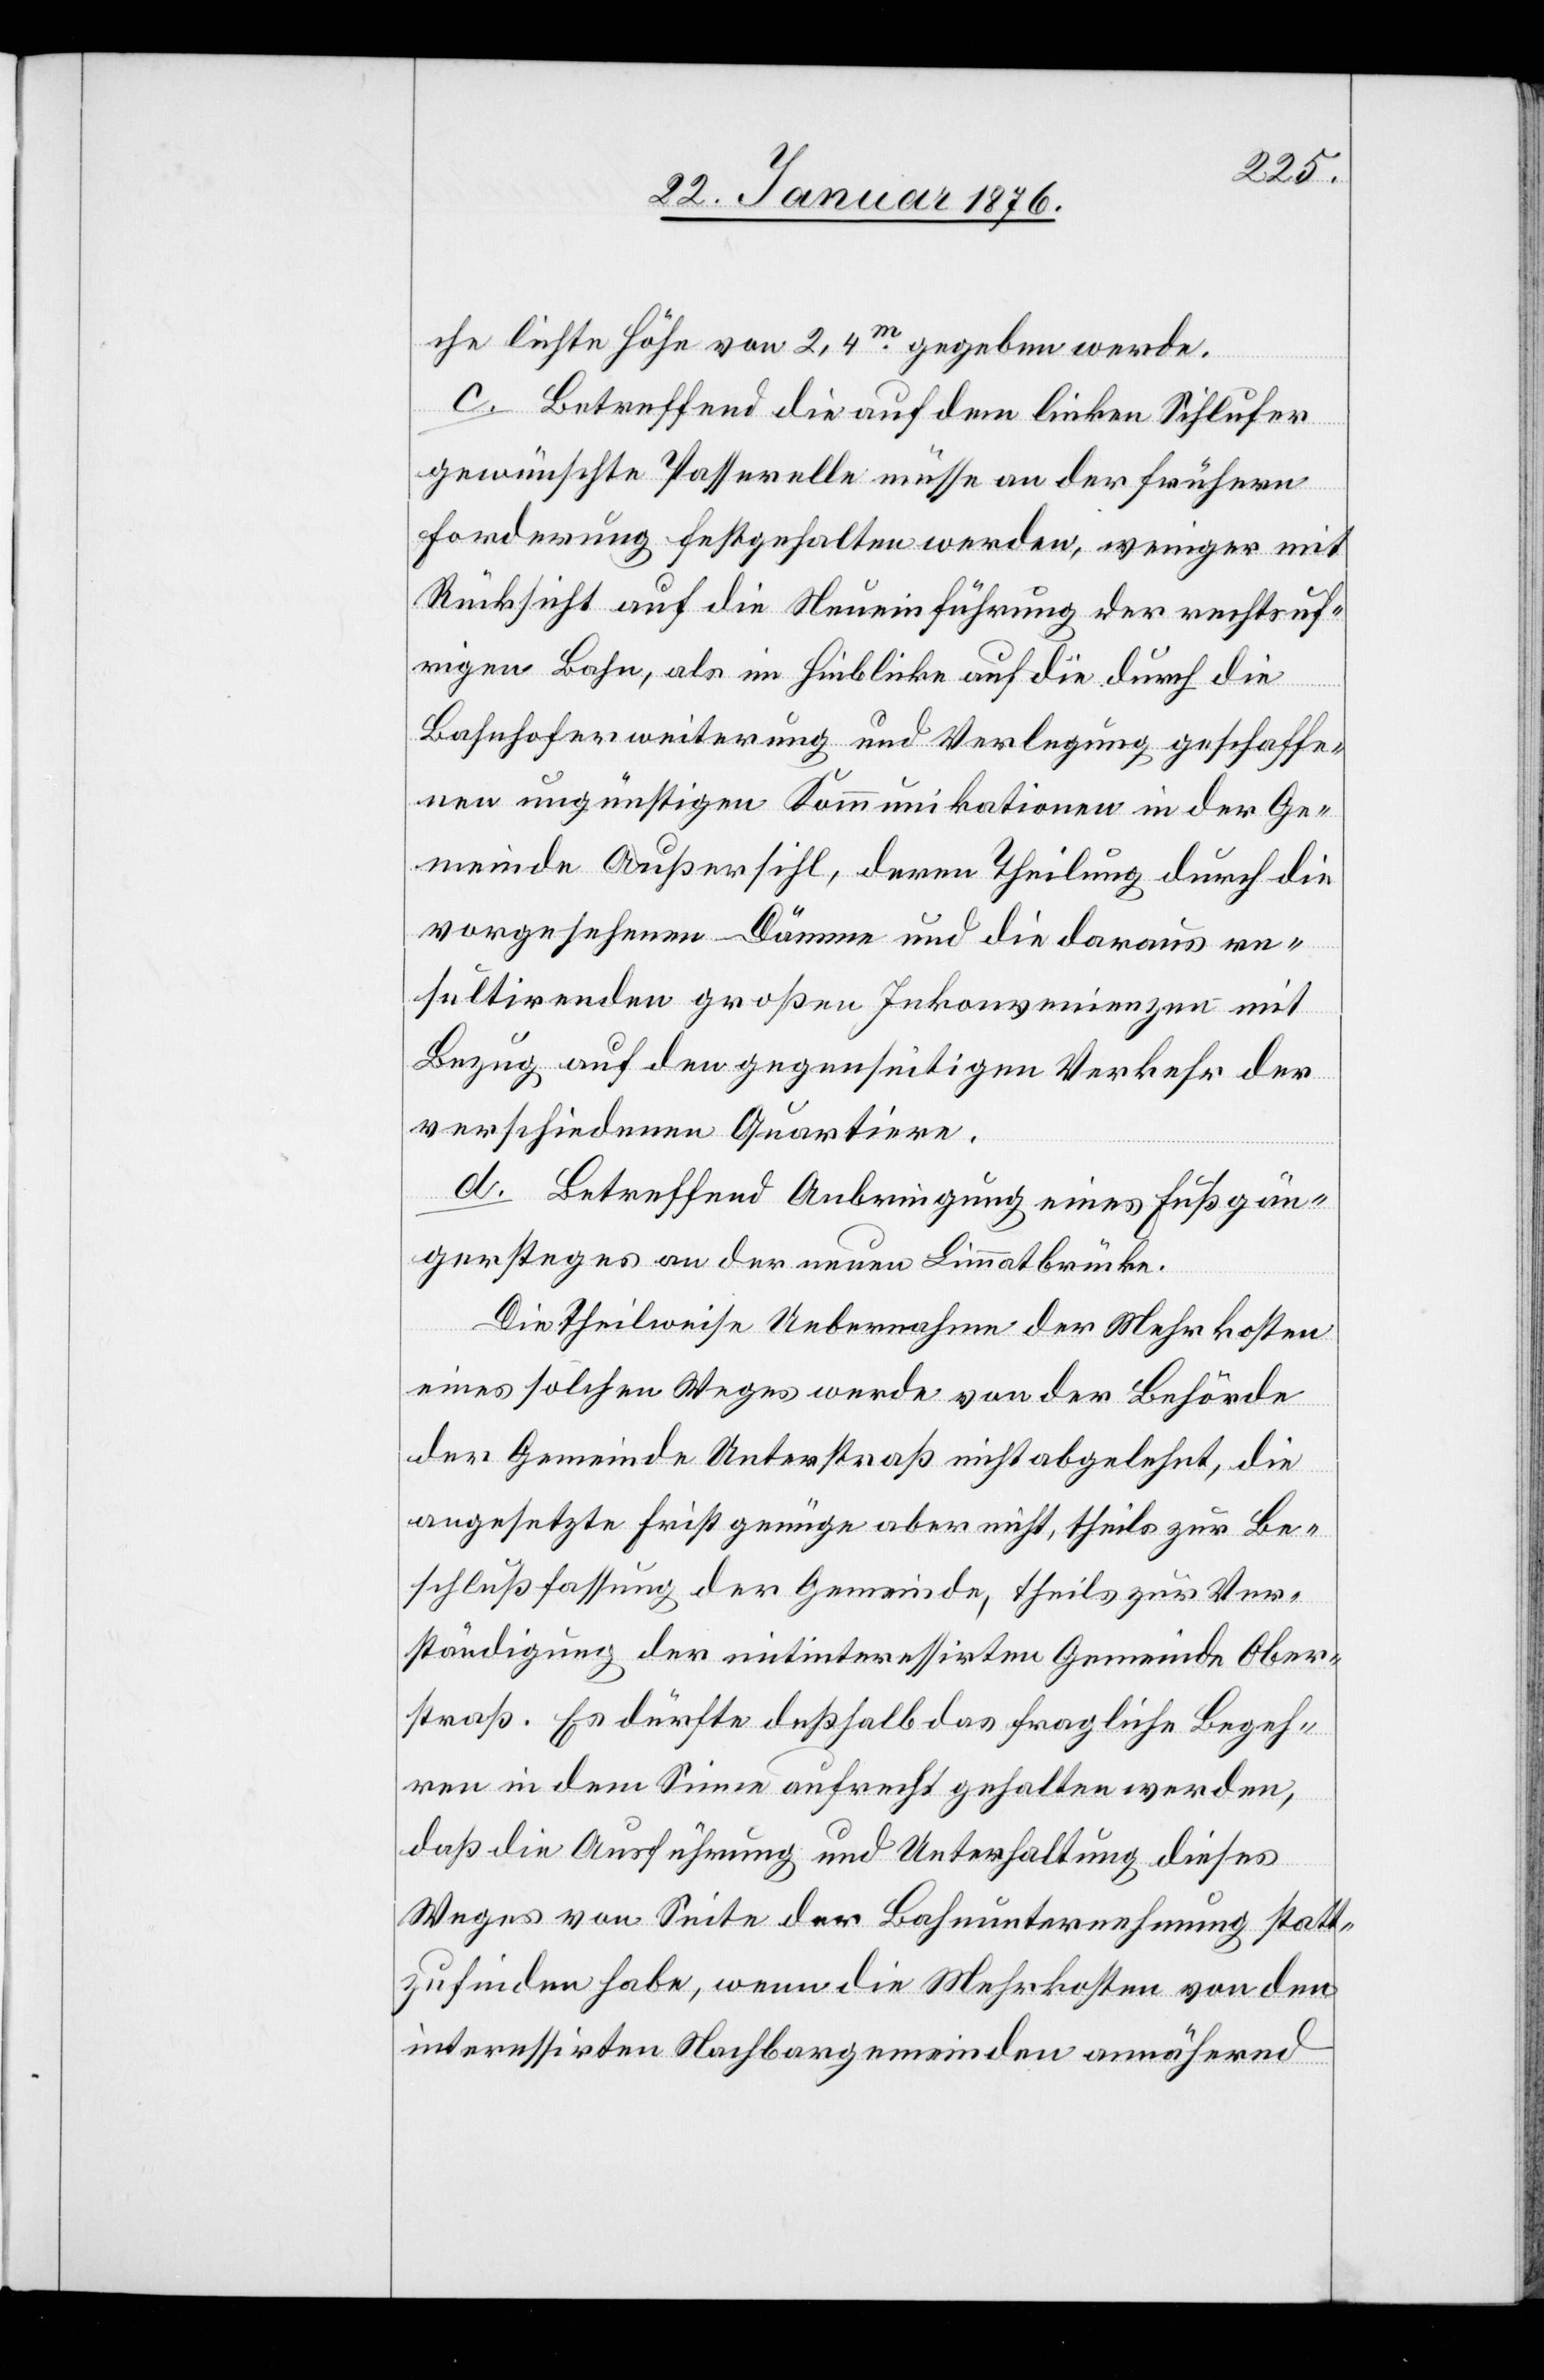
che lichte Höhe von 2,4m gegeben werde.
c. Betreffend die auf dem linken Sihlufer
gewünschte Passerelle müsse an der frühern
Forderung festgehalten werden, weniger mit
Rücksicht auf die Neueinführung der rechtsuf¬
rigen Bahn, als im Hinblicke auf die durch die
Bahnhoferweiterung und Verlegung geschaffe¬
nen ungünstigen Kommunikationen in der Ge¬
meinde Außersihl, deren Theilung durch die
vorgesehenen Dämme und die daraus re¬
sultirenden großen Inkonvenienzen mit
Bezug auf den gegenseitigen Verkehr der
verschiedenen Quartiere.
d. Betreffend Anbringung eines Fußgän¬
gersteges an der neuen Limmatbrücke.
Die theilweise Uebernahme der Mehrkosten
eines solchen Weges werde von der Behörde
der Gemeinde Unterstraß nicht abgelehnt, die
angesetzte Frist genüge aber nicht, theils zur Be¬
schlußfassung der Gemeinde, theils zur Ver¬
ständigung der mitinteressierten Gemeinde Ober¬
straß. Es dürfte deßhalb das fragliche Begeh¬
ren in dem Sinne aufrecht gehalten werden,
daß die Ausführung und Unterhaltung dieses
Weges von Seite der Bahnunternehmung statt¬
zufinden habe, wenn die Mehrkosten von den
interessirten Nachbargemeinden annähernd